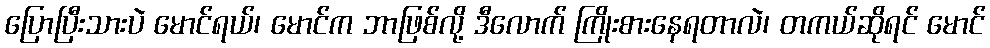
ပြောပြီးသားပဲ မောင်ရယ်၊ မောင်က ဘာဖြစ်လို့ ဒီလောက် ကြိုးစားနေရတာလဲ၊ တကယ်ဆိုရင် မောင်